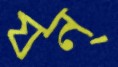
যন্